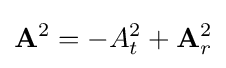
\mathbf {A} ^{2}=-A_{t}^{2}+\mathbf {A} _{r}^{2}